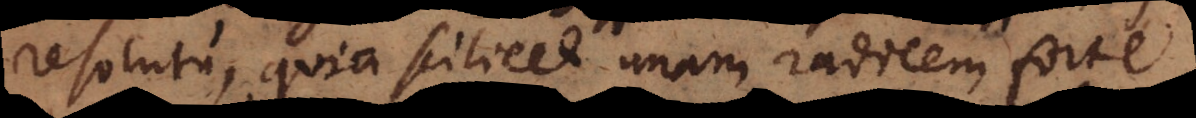
resolutu, quia scilicet unam radicem forte